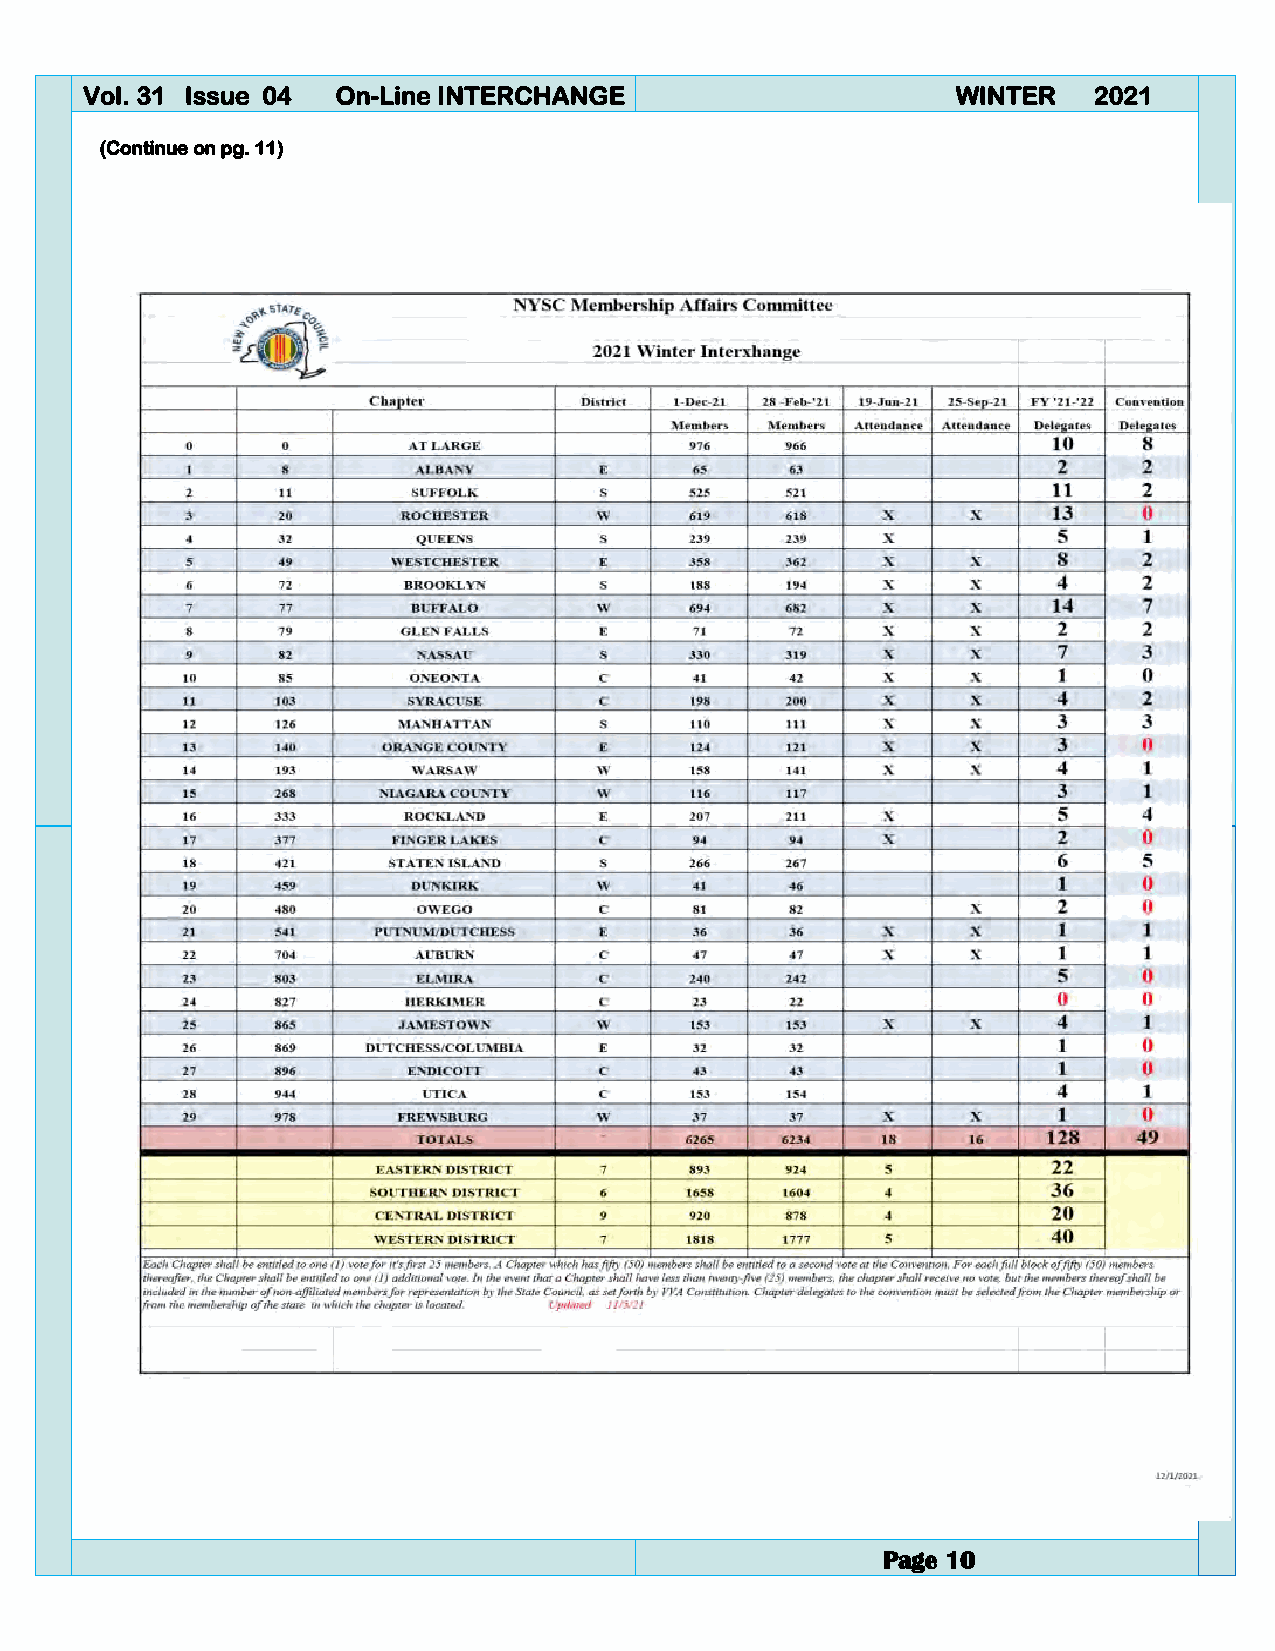
Vol. 31 Issue 04 On-Line INTERCHANGE                      WINTER   2021
 (Continue on pg. 11)
 Page 10